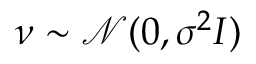
\boldsymbol \nu \sim \mathcal { N } ( 0 , \sigma ^ { 2 } I )